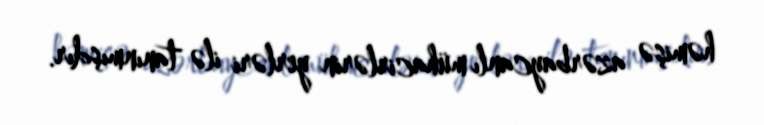
həmişə azərbaycanlı mühacirlərin yerləri ilə tanınmışdır.